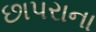
છાપરાના